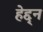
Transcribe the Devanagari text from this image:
हेद्द्न